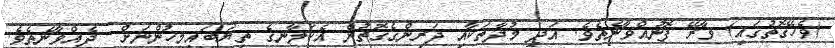
(ވެހޭގޮތުގައި) ވާރޭ ފޮނުއްވާނެތެވެ. އަދި މުދާތަކާއި ދަރިންގެގޮތުން އެކަލާނގެ ތިޔަބައިމީހުންނަށް  ދެއްވާނެތެވެ.